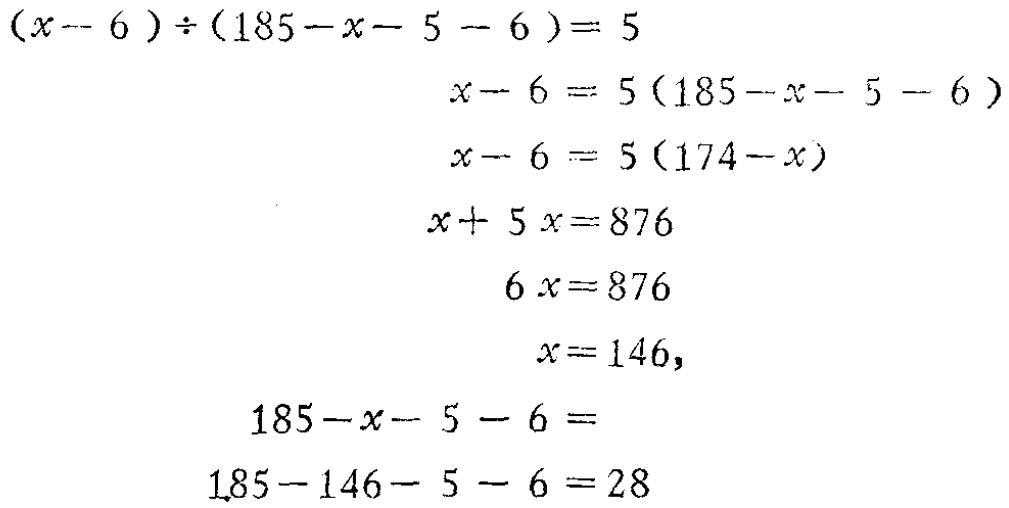
\[(x - 6) \div (185 - x - 5 - 6) = 5\]

\[x - 6 = 5(185 - x - 5 - 6)\]

\[x - 6 = 5(174 - x)\]

\[x + 5x = 876\]

\[6x = 876\]

\[x = 146,\]

\[185 - x - 5 - 6 =\]

\[185 - 146 - 5 - 6 = 28\]